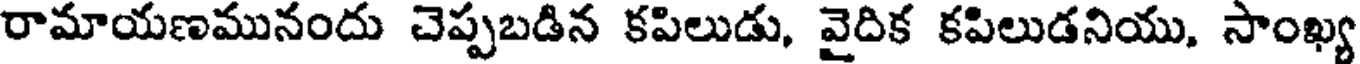
రామాయణమునందు చెప్పబడిన కపిలుడు, వైదిక కపిలుడనియు, సాంఖ్య